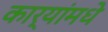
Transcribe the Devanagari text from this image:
कार्यांमधे